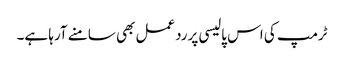
ٹرمپ کی اس پالیسی پرردعمل بھی سامنے آرہا ہے۔